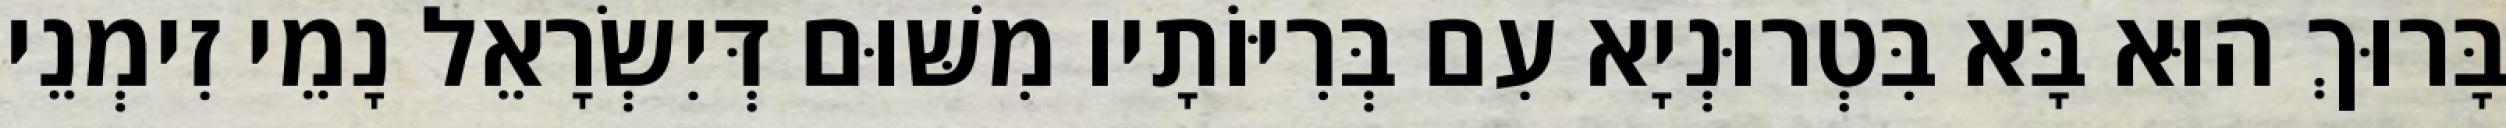
בָּרוּךְ הוּא בָּא בִּטְרוּנְיָא עִם בְּרִיּוֹתָיו מִשּׁוּם דְּיִשְׂרָאֵל נָמֵי זִימְנֵי